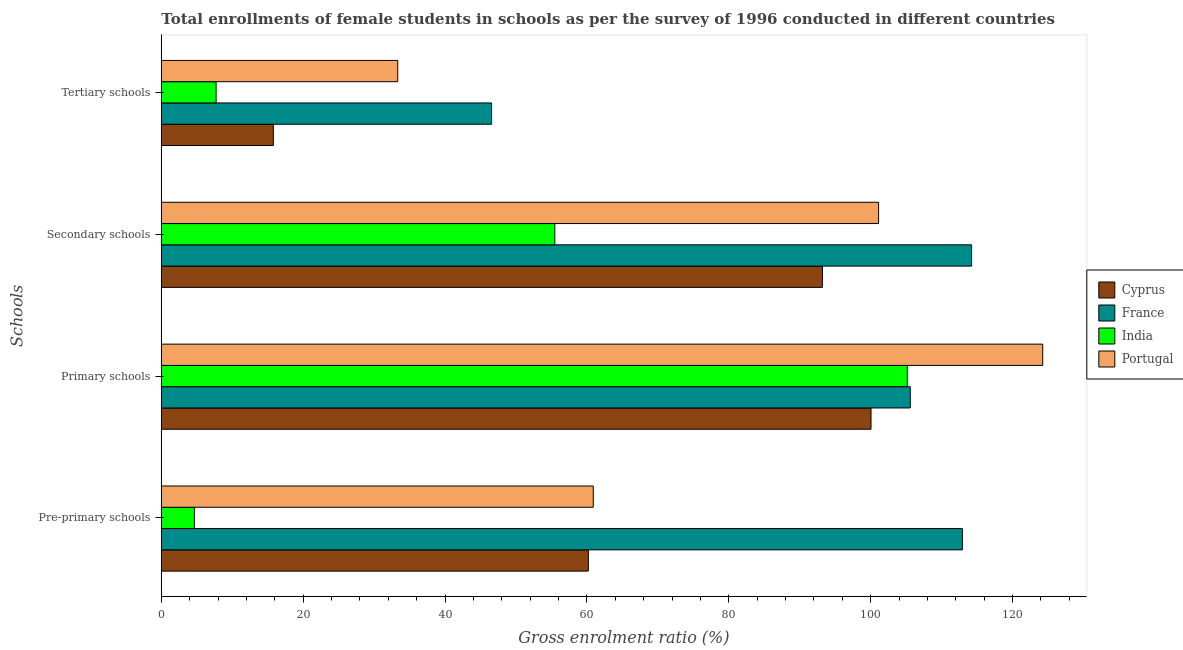
| Schools | Cyprus | France | India | Portugal |
 | --- | --- | --- | --- | --- |
 | Pre-primary schools | 60.2 | 113 | 4.66 | 60.9 |
 | Primary schools | 100 | 106 | 105 | 124 |
 | Secondary schools | 93.2 | 114 | 55.5 | 101 |
 | Tertiary schools | 15.8 | 46.6 | 7.72 | 33.3 |